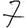
Digit: 7